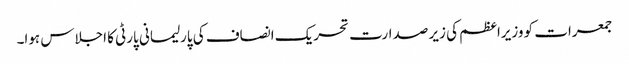
جمعرات کو وزیراعظم کی زیر صدارت تحریک انصاف کی پارلیمانی پارٹی کا اجلاس ہوا۔